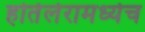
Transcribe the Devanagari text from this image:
होतेलेरामध्येच